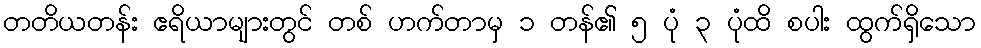
တတိယတန်း ဧရိယာများတွင် တစ် ဟက်တာမှ ၁ တန်၏ ၅ ပုံ ၃ ပုံထိ စပါး ထွက်ရှိသော